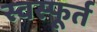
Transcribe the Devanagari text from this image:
स्वस्फूर्त